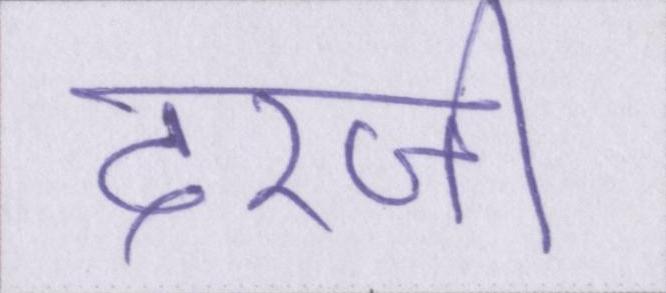
दरजी